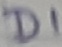
Text: D1